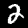
Label: 2